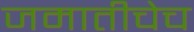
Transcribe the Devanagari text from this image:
जमातीचेच